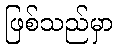
ဖြစ်သည်မှာ